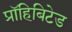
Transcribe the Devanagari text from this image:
प्रॉहिबिटेड